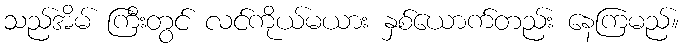
သည်အိမ် ကြီးတွင် လင်ကိုယ်မယား နှစ်ယောက်တည်း နေကြမည်။